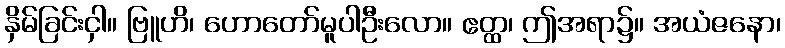
နှိမ်ခြင်းငှါ။ ဗြူဟိ၊ ဟောတော်မူပါဦးလော။ ဧတ္ထ၊ ဤအရာ၌။ အယံဇနော၊